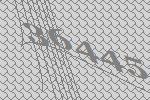
36445